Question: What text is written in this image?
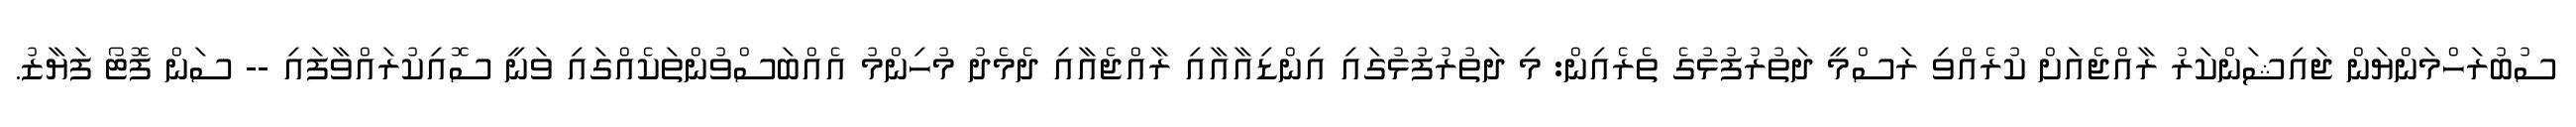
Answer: ސުބުރަހްމަންޔަން ޖައިޝަންކަރު ރާއްޖެއަށް ކުރެއްވި ރަސްމީ ދަތުރުފުޅުގެ ތެރެއިން: މި ދަތުރުފުޅުގައި އިންޑިއާއާއި ރާއްޖެއާއި ދެމެދު މުހިންމު އެއްބަސްވުންތަކެއްގައި ވަނީ ސޮއިކުރައްވާފައި -- ސަން ފޮޓޯ ފަޔާޒު.